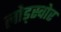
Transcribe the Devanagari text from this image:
लोड्स्वोर